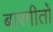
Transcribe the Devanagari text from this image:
बारगीतों